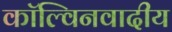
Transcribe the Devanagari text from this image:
कॉल्विनवादीय